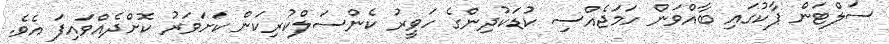
ސަލްޓަން ޕާކުގައި ބާއްވަން ހަމަޖެއްސި ކުޑަކުދިންގެ ހަވީރު ކެންސަލްކުރިކަން ކަށަވަރު ކޮށްދެއްވައިފަ އެވެ.